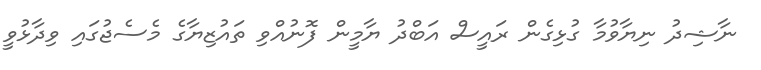
ނާޝިދު ނިޔާވުމާ ގުޅިގެން ރައީސް އަބްދު ޔާމީން ފޮނުއްވި ތައުޒިޔާގެ މެސެޖުގައި ވިދާޅުވީ